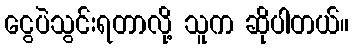
ငွေပဲသွင်းရတာလို့ သူက ဆိုပါတယ်။